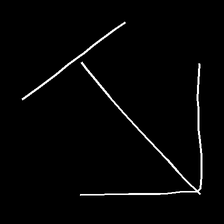
Glyph: levitation